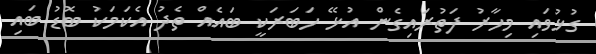
ގުޅުވައި މިހާރު ފަތުރައިގެން އުޅޭ ހަބަރަކީ ބައެއް ތެދު އެކަމަކު ބޮޑު ބައި